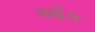
ઑક